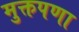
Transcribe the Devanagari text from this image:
मुक्तपणा